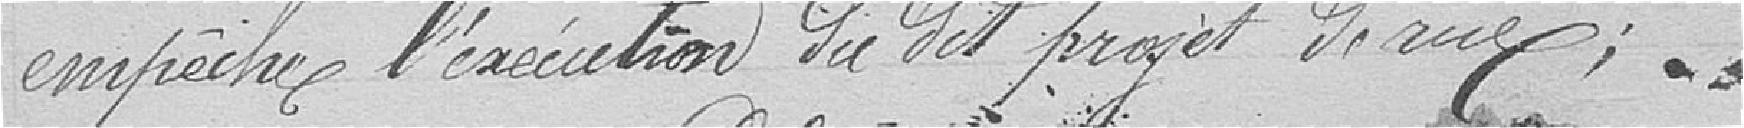
empêche l'exécution du dit projet de rue